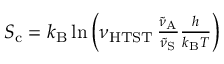
\begin{array} { r } { S _ { \mathrm { c } } = k _ { \mathrm { B } } \ln \left( \nu _ { \mathrm { H T S T } } \, \frac { \tilde { \nu } _ { \mathrm { A } } } { \tilde { \nu } _ { \mathrm { S } } } \frac { h } { k _ { \mathrm { B } } T } \right) } \end{array}